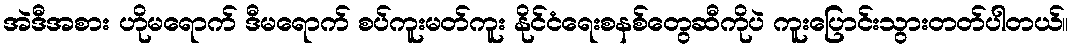
အဲဒီအစား ဟိုမရောက် ဒီမရောက် စပ်ကူးမတ်ကူး နိုင်ငံရေးစနစ်တွေဆီကိုပဲ ကူးပြောင်းသွားတတ်ပါတယ်။